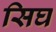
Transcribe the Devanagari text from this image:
सिघ